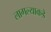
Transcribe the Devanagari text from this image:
लागल्याकडे